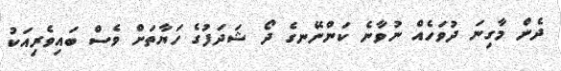
ދެން މާގިނަ ދުވަހެއް ނުވާނެ ކަންނޭނގެ ދޯ ޝަދަފުގެ ހަޔާތަށް ވެސް ބައިވެރިއަކު